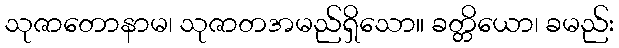
သုဇာတောနာမ၊ သုဇာတအမည်ရှိသော။ ခတ္တိယော၊ ခမည်း